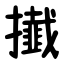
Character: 㩥